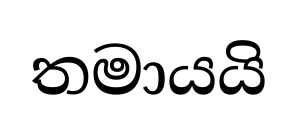
තමායයි